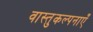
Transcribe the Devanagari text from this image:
वास्तुकल्पनाएँ